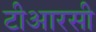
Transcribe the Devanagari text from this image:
टीआरसी